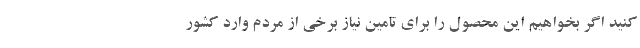
کنید اگر بخواهیم این محصول را برای تامین نیاز برخی از مردم وارد کشور